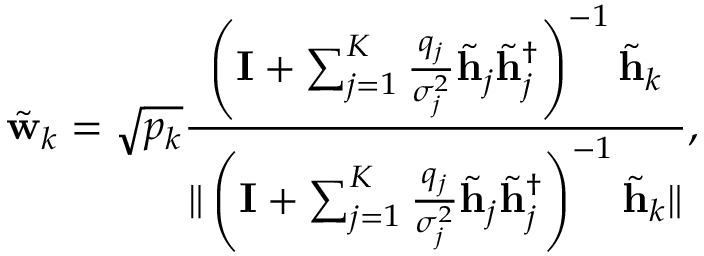
\tilde { \bf w } _ { k } = \sqrt { p _ { k } } \frac { \left( { \bf I } + \sum _ { j = 1 } ^ { K } \frac { q _ { j } } { \sigma _ { j } ^ { 2 } } \tilde { \bf h } _ { j } \tilde { \bf h } _ { j } ^ { \dag } \right) ^ { - 1 } \tilde { \bf h } _ { k } } { \| \left( { \bf I } + \sum _ { j = 1 } ^ { K } \frac { q _ { j } } { \sigma _ { j } ^ { 2 } } \tilde { \bf h } _ { j } \tilde { \bf h } _ { j } ^ { \dag } \right) ^ { - 1 } \tilde { \bf h } _ { k } \| } ,